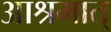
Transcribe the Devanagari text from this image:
आश्रमात्‌